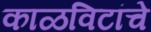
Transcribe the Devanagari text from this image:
काळविटांचे